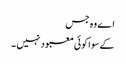
اے وہ جس
کے سوا کوئی معبود نہیں ۔